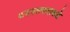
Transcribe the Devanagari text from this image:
भांडवलवादाकडे